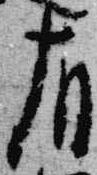
有